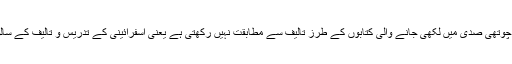
نیز عبد العزیز طباطبائی کے بقول یہ کتاب چوتھی صدی میں لکھی جانے والی کتابوں کے طرز تالیف سے مطابقت نہیں رکھتی ہے یعنی اسفرائینی کے تدریس و تالیف کے سالوں کے ساتھ مطابقت نہیں رکھتی ہے[19]۔